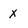
Character: x